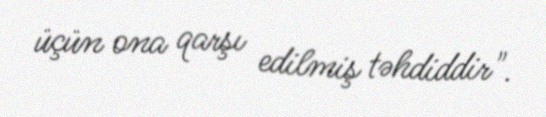
üçün ona qarşı edilmiş təhdiddir".